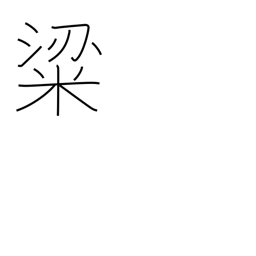
Meaning: high quality rice